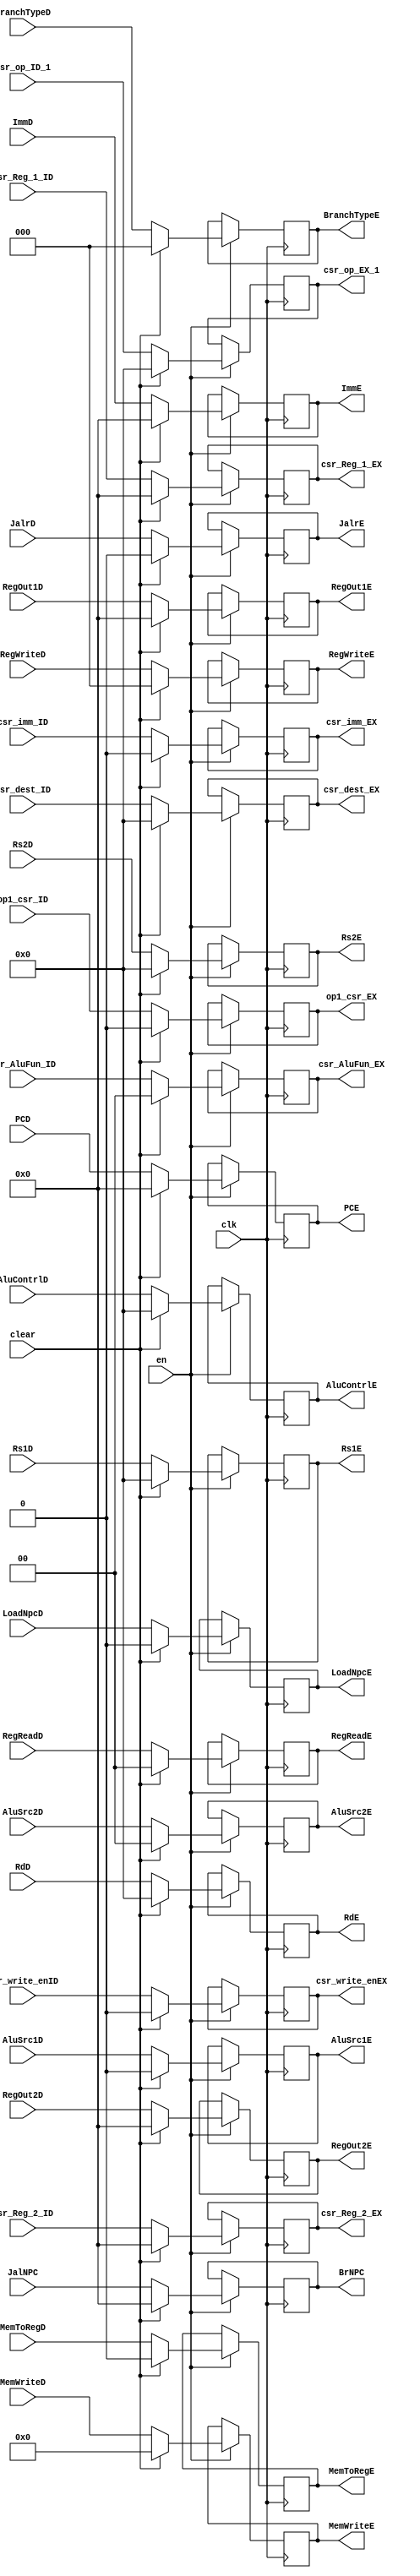
`timescale 1ns / 1ps
//////////////////////////////////////////////////////////////////////////////////
// Company: USTC ESLAB 
// 
// Design Name: RISCV-Pipline CPU
// Module Name: EXSegReg
// Target Devices: Nexys4
// Tool Versions: Vivado 2017.4.1
// Description: ID-EX Segment Register
//////////////////////////////////////////////////////////////////////////////////
//
    //EN==0?
//  
    //

module EXSegReg(
    input wire clk,
    input wire en,
    input wire clear,
    //Data Signals
    input wire [31:0] PCD,
    output reg [31:0] PCE, 
    input wire [31:0] JalNPC,
    output reg [31:0] BrNPC, 
    input wire [31:0] ImmD,
    output reg [31:0] ImmE,
    input wire [4:0] RdD,
    output reg [4:0] RdE,
    input wire [4:0] Rs1D,
    output reg [4:0] Rs1E,
    input wire [4:0] Rs2D,
    output reg [4:0] Rs2E,
    input wire [31:0] RegOut1D,
    output reg [31:0] RegOut1E,
    input wire [31:0] RegOut2D,
    output reg [31:0] RegOut2E,
    //Control Signals
    input wire JalrD,
    output reg JalrE,
    input wire [2:0] RegWriteD,
    output reg [2:0] RegWriteE,
    input wire MemToRegD,
    output reg MemToRegE,
    input wire [3:0] MemWriteD,
    output reg [3:0] MemWriteE,
    input wire LoadNpcD,
    output reg LoadNpcE,
    input wire [1:0] RegReadD,
    output reg [1:0] RegReadE, 
    input wire [2:0] BranchTypeD,
    output reg [2:0] BranchTypeE,
    input wire [4:0] AluContrlD,
    output reg [4:0] AluContrlE,
    input wire AluSrc1D,
    output reg AluSrc1E,
    input wire [1:0] AluSrc2D,
    output reg [1:0] AluSrc2E,
    //CSR
    input wire op1_csr_ID,
    output reg op1_csr_EX,
    input wire [31:0] csr_Reg_1_ID,
    input wire [31:0] csr_Reg_2_ID,
    output reg [31:0] csr_Reg_1_EX,
    output reg [31:0] csr_Reg_2_EX,
    input wire [4:0] csr_dest_ID,  
    output reg [4:0]csr_dest_EX,
    input wire csr_write_enID,
    output reg csr_write_enEX,
    input wire [1:0] csr_AluFun_ID,
    output reg [1:0] csr_AluFun_EX,
    input wire csr_imm_ID,
    output reg csr_imm_EX,
    input wire [4:0] csr_op_ID_1,
    output reg [4:0] csr_op_EX_1
    );
    initial begin
        PCE        = 32'b0; 
        BrNPC      = 32'b0; 
        ImmE       = 32'b0;
        RdE        = 32'b0;
        Rs1E       = 5'b0;
        Rs2E       = 5'b0;
        RegOut1E   = 32'b0;
        RegOut2E   = 32'b0;
        JalrE      = 1'b0;
        RegWriteE  = 1'b0;
        MemToRegE  = 1'b0;
        MemWriteE  = 1'b0;
        LoadNpcE   = 1'b0;
        RegReadE   = 2'b00;
        BranchTypeE = 3'b0;
        AluContrlE = 5'b0;
        AluSrc1E   = 1'b0; 
        AluSrc2E   = 2'b0;
        //CSR
        csr_op_EX_1=5'b0;
        op1_csr_EX=1'b0;   
        csr_Reg_1_EX=32'b0;
        csr_Reg_2_EX=32'b0;     
        csr_dest_EX=5'b0;     
        csr_write_enEX=1'b0;      
        csr_AluFun_EX=2'b0;
        csr_imm_EX=1'b0; 
    end
    //
    always@(posedge clk) begin
        if(en)
            if(clear)
                begin
                PCE<=32'b0; 
                BrNPC<=32'b0; 
                ImmE<=32'b0;
                RdE<=32'b0;
                Rs1E<=5'b0;
                Rs2E<=5'b0;
                RegOut1E<=32'b0;
                RegOut2E<=32'b0;
                JalrE<=1'b0;
                RegWriteE<=1'b0;
                MemToRegE<=1'b0;
                MemWriteE<=1'b0;
                LoadNpcE<=1'b0;
                RegReadE<=2'b00;
                BranchTypeE = 3'b0;
                AluContrlE<=5'b0;
                AluSrc1E<=1'b0; 
                AluSrc2E<=2'b0;
                //CSR
                op1_csr_EX<=1'b0;   
                csr_Reg_1_EX<=32'b0;
                csr_Reg_2_EX<=32'b0;     
                csr_dest_EX<=5'b0;     
                csr_write_enEX<=1'b0;      
                csr_AluFun_EX<=2'b0;
                csr_imm_EX<=1'b0; 
                csr_op_EX_1<=5'b0;     
            end else begin
                PCE<=PCD; 
                BrNPC<=JalNPC; 
                ImmE<=ImmD;
                RdE<=RdD;
                Rs1E<=Rs1D;
                Rs2E<=Rs2D;
                RegOut1E<=RegOut1D;
                RegOut2E<=RegOut2D;
                JalrE<=JalrD;
                RegWriteE=RegWriteD;
                MemToRegE<=MemToRegD;
                MemWriteE<=MemWriteD;
                LoadNpcE<=LoadNpcD;
                RegReadE<=RegReadD;
                BranchTypeE = BranchTypeD;
                AluContrlE<=AluContrlD;
                AluSrc1E<=AluSrc1D;
                AluSrc2E<=AluSrc2D;
                //CSR
                op1_csr_EX<=op1_csr_ID;   
                csr_Reg_1_EX<=csr_Reg_1_ID;
                csr_Reg_2_EX<=csr_Reg_2_ID;     
                csr_dest_EX<=csr_dest_ID;     
                csr_write_enEX<=csr_write_enID;      
                csr_AluFun_EX<=csr_AluFun_ID;  
                csr_imm_EX<=csr_imm_ID; 
                csr_op_EX_1<=csr_op_ID_1;          
            end
        end
    
endmodule